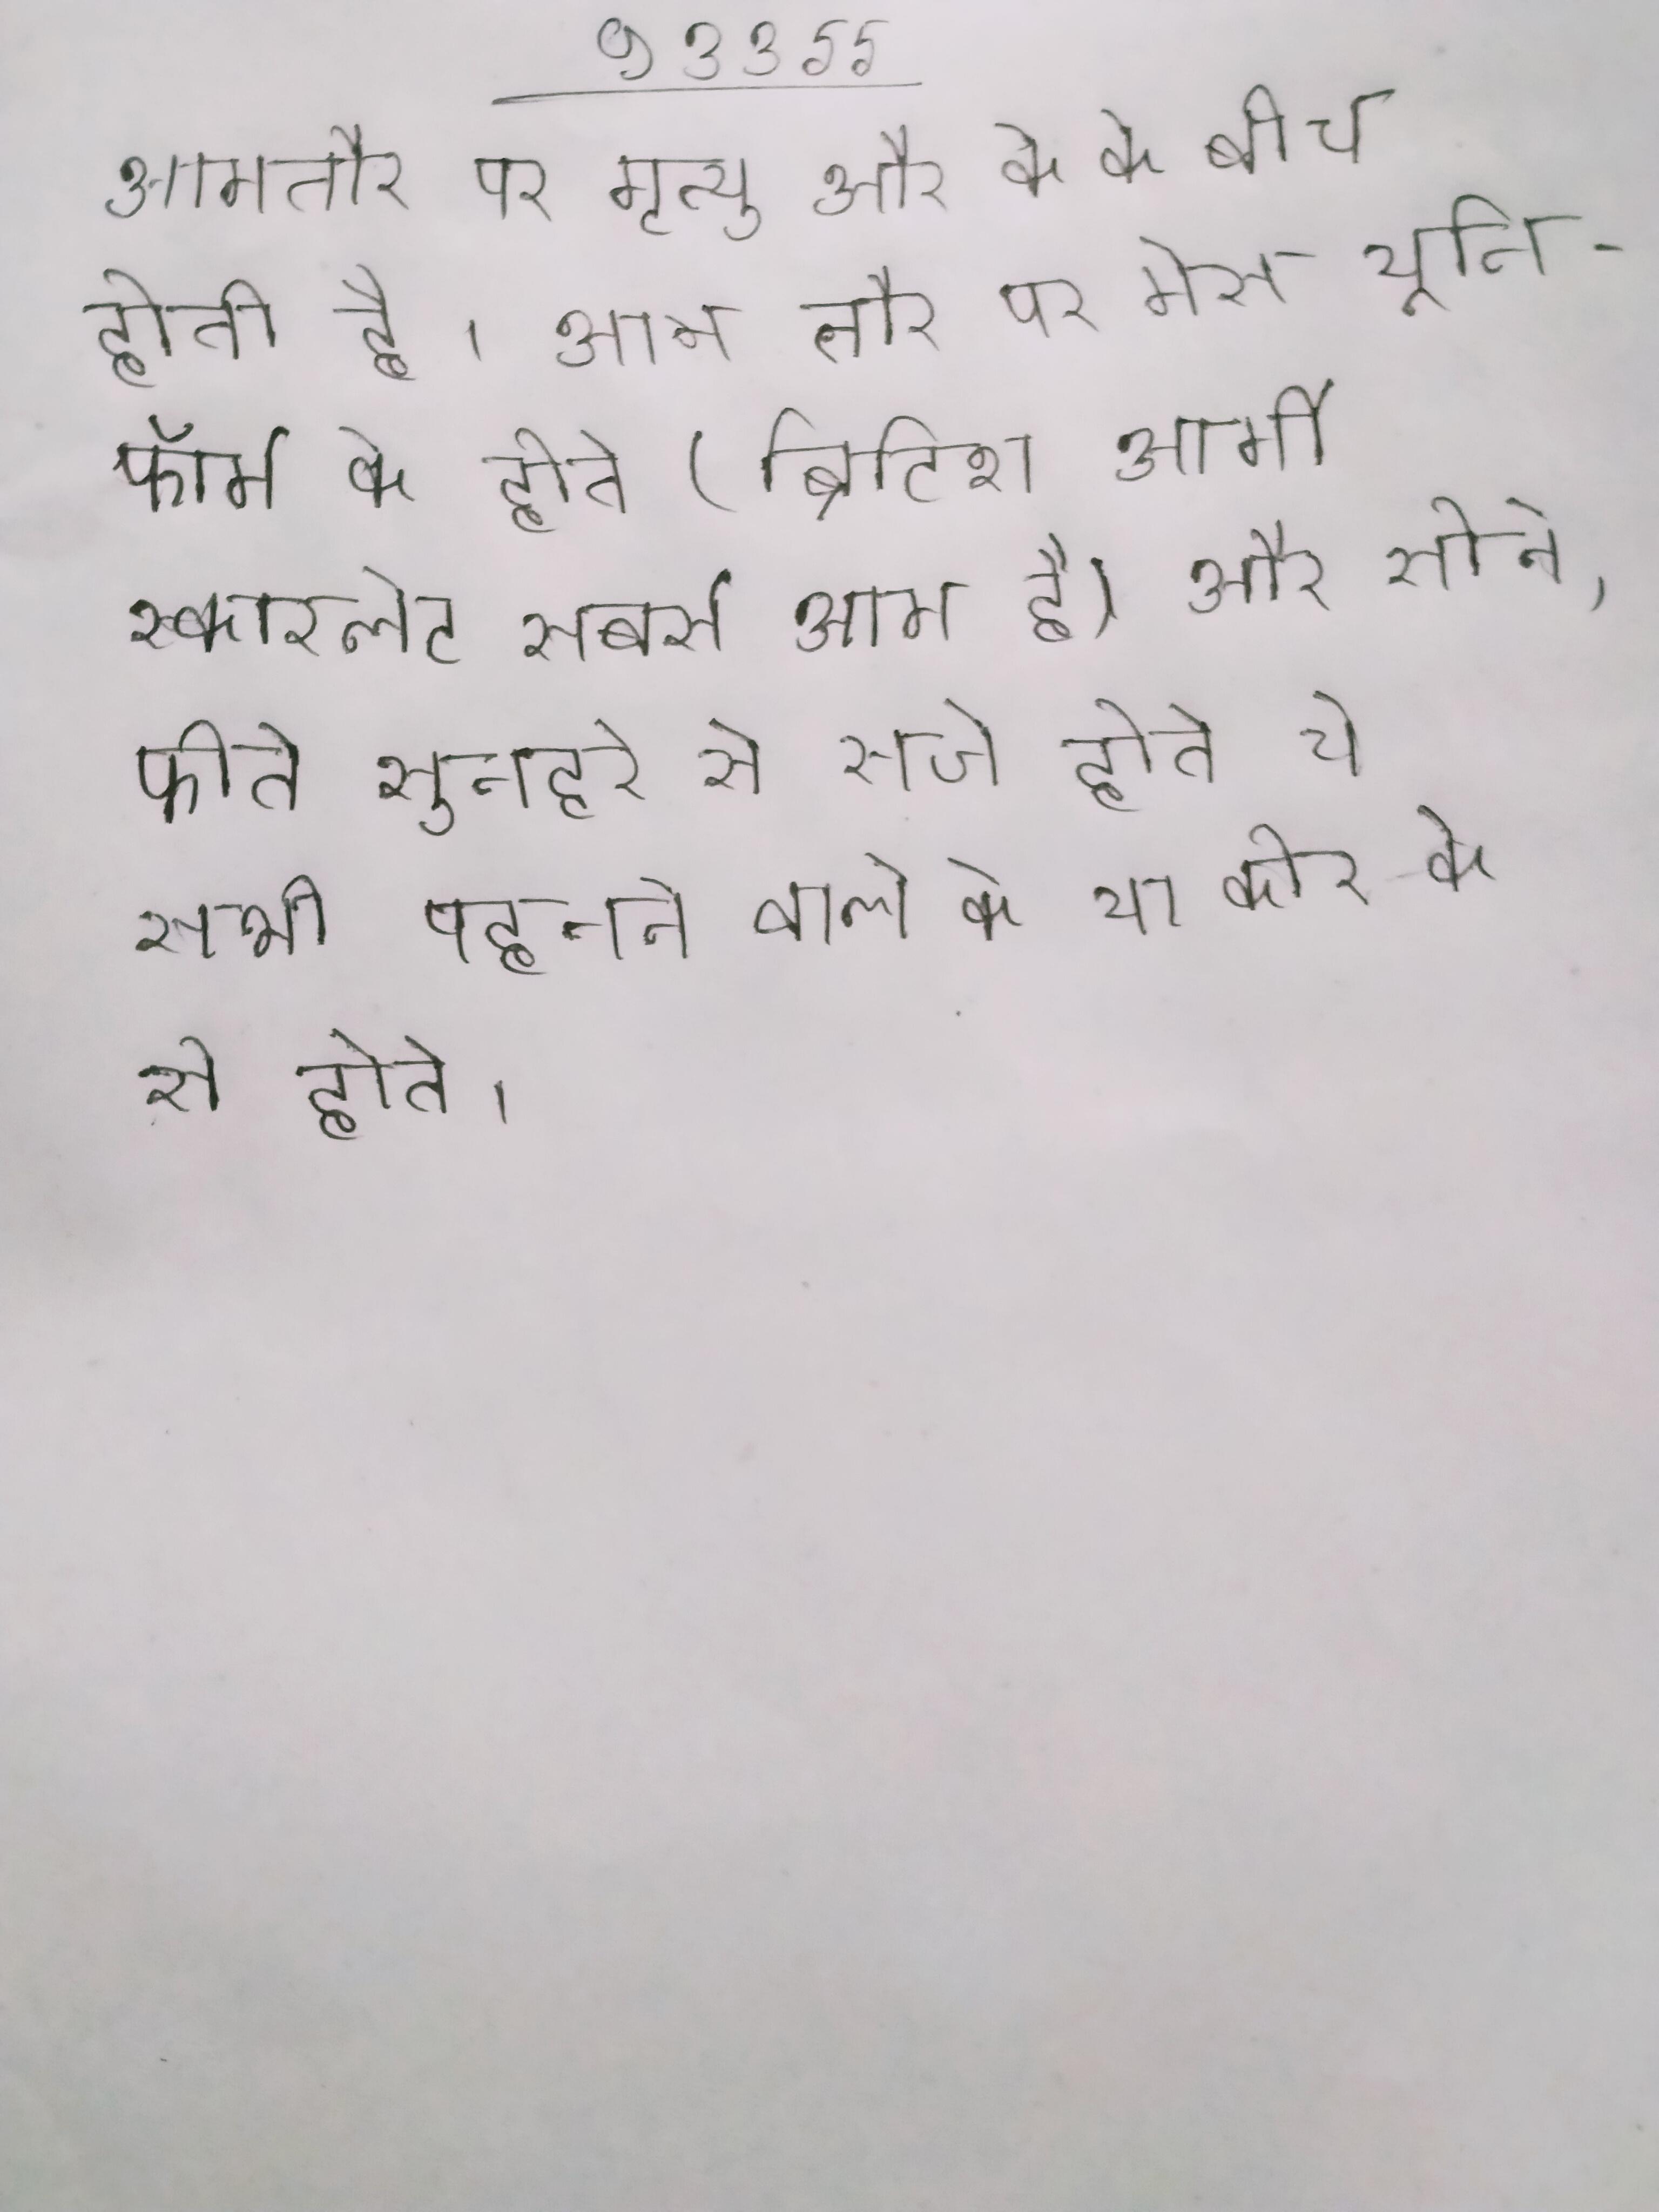
आमतौर पर मृत्यु और के के बीच होती है । आम तौर पर मेस यूनिफॉर्म के होते (ब्रिटिश आर्मी स्कारलेट सबसे आम है) और सोने, फीते सुनहरे से सजे होते ये सभी पहनने वाले के या कोर के से होते ।